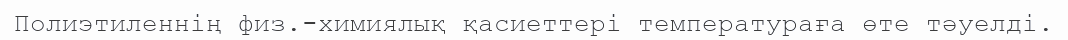
Полиэтиленнің физ.-химиялық қасиеттері температураға өте тәуелді.